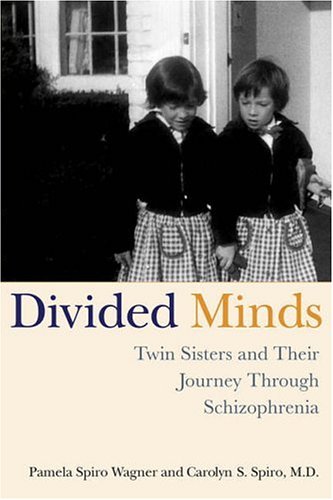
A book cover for Divided Minds: Twin Sisters and Their Journey Through Schizophrenia; Carolyn Spiro; Health, Fitness & Dieting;